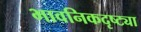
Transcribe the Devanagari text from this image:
भावनिकदृष्‍ट्या